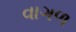
વાગળ